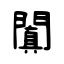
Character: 闐